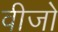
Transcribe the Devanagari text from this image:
वीजो